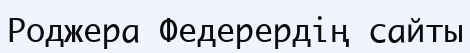
Роджера Федерердің сайты